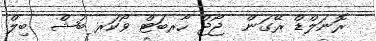
ރޮނަލްޑް ރޭގަން  ޖޯޖް ހާރބަޓް ވޯކަރ ބުޝް  ބިލް